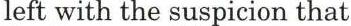
left with the suspicion that